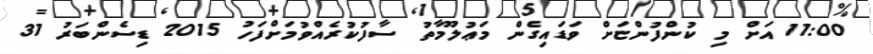
11:00 އަށް މި ކުންފުންޏަށް ވަޑައިގެން މަޢުލޫމާތު ސާފުކުރެއްވުމަށްފަހު 2015 ޑިސެންބަރު 31